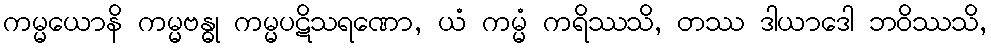
ကမ္မယောနိ ကမ္မဗန္ဓု ကမ္မပဋိသရဏော, ယံ ကမ္မံ ကရိဿသိ, တဿ ဒါယာဒေါ ဘဝိဿသိ,